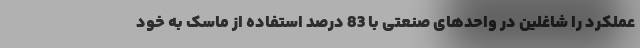
عملکرد را شاغلین در واحدهای صنعتی با 83 درصد استفاده از ماسک به خود